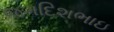
જગદિશભાઇ